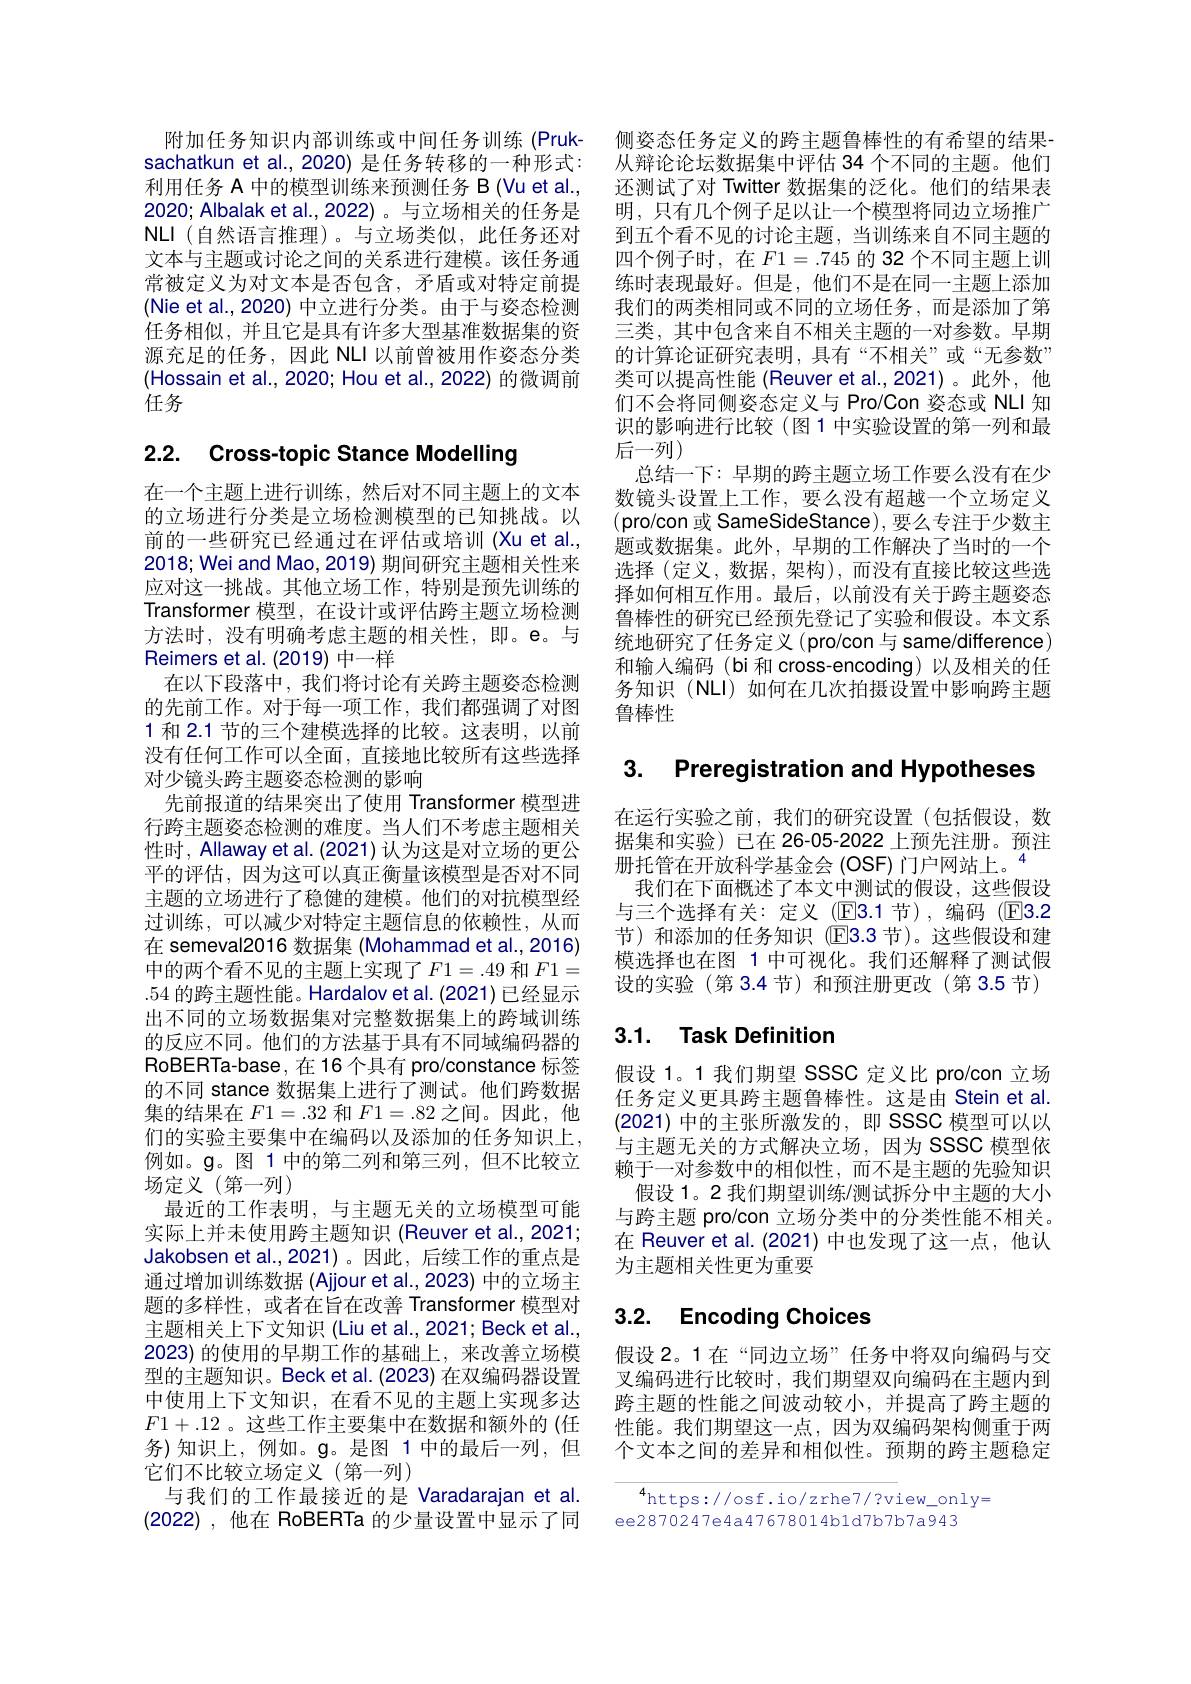
附加任务知识内部训练或中间任务训练 (Pruksachatkun et al.,2020) 是任务转移的一种形式： 利用任务 A 中的模型训练来预测任务 B (Vu et al., 2020; Albalak et al.,2022)。与立场相关的任务是NLI(自然语言推理)。与立场类似，此任务还对文本与主题或讨论之间的关系进行建模。该任务通常被定义为对文本是否包含，矛盾或对特定前提(Nie et al.,2020) 中立进行分类。由于与姿态检测任务相似，并且它是具有许多大型基准数据集的资源充足的任务，因此 NLI 以前曾被用作姿态分类(Hossain et al., 2020; Hou et al., 2022) 的微调前任务

# 2.2. Cross-topic Stance Modelling

在一个主题上进行训练，然后对不同主题上的文本的立场进行分类是立场检测模型的已知挑战。以前的一些研究已经通过在评估或培训 (Xu et al., 2018; Wei and Mao, 2019) 期间研究主题相关性来应对这一挑战。其他立场工作，特别是预先训练的Transformer 模型，在设计或评估跨主题立场检测方法时，没有明确考虑主题的相关性，即。e。与Reimers et al. (2019) 中一样
在以下段落中，我们将讨论有关跨主题姿态检测的先前工作。对于每一项工作，我们都强调了对图1 和 2.1 节的三个建模选择的比较。这表明，以前没有任何工作可以全面，直接地比较所有这些选择对少镜头跨主题姿态检测的影响
先前报道的结果突出了使用 Transformer 模型进行跨主题姿态检测的难度。当人们不考虑主题相关性时，Allaway et al. (2021) 认为这是对立场的更公平的评估，因为这可以真正衡量该模型是否对不同主题的立场进行了稳健的建模。他们的对抗模型经过训练，可以减少对特定主题信息的依赖性，从而在 semeval2016 数据集 (Mohammad et al.,2016) 中的两个看不见的主题上实现了$F1=.49$ 和 $F1=$ .54的跨主题性能。Hardalov et al.(2021) 已经显示出不同的立场数据集对完整数据集上的跨域训练的反应不同。他们的方法基于具有不同域编码器的RoBERTa-base,在16个具有 pro/constance 标签的不同 stance 数据集上进行了测试。他们跨数据集的结果在$F1=.32$和$F1=.82$之间。因此，他们的实验主要集中在编码以及添加的任务知识上， 例如。$\mathfrak{g}$。图 1 中的第二列和第三列，但不比较立场定义(第一列)
最近的工作表明，与主题无关的立场模型可能实际上并未使用跨主题知识 (Reuver et al., 2021; Jakobsen et al.,2021)。因此，后续工作的重点是通过增加训练数据 (Ajjour et al., 2023) 中的立场主题的多样性，或者在旨在改善 Transformer 模型对主题相关上下文知识 (Liu et al., 2021; Beck et al., 2023)的使用的早期工作的基础上，来改善立场模型的主题知识。Beck et al. (2023) 在双编码器设置中使用上下文知识，在看不见的主题上实现多达$F1+.12$ 。这些工作主要集中在数据和额外的(任务)知识上，例如。g。是图 1 中的最后一列，但它们不比较立场定义(第一列)
与我们的工作最接近的是 Varadarajan et al. (2022) ,他在 RoBERTa 的少量设置中显示了同

侧姿态任务定义的跨主题鲁棒性的有希望的结果从辩论论坛数据集中评估 34 个不同的主题。他们还测试了对 Twitter 数据集的泛化。他们的结果表明，只有几个例子足以让一个模型将同边立场推广到五个看不见的讨论主题，当训练来自不同主题的四个例子时，在$F1=.745$的 32 个不同主题上训练时表现最好。但是，他们不是在同一主题上添加我们的两类相同或不同的立场任务，而是添加了第三类，其中包含来自不相关主题的一对参数。早期的计算论证研究表明，具有“不相关”或“无参数” 类可以提高性能 (Reuver et al.,2021)。此外，他们不会将同侧姿态定义与 Pro/Con 姿态或 NLI 知识的影响进行比较(图1 中实验设置的第一列和最后一列)
总结一下：早期的跨主题立场工作要么没有在少数镜头设置上工作，要么没有超越一个立场定义(pro/con 或 SameSideStance), 要么专注于少数主题或数据集。此外，早期的工作解决了当时的一个选择 (定义，数据，架构),而没有直接比较这些选择如何相互作用。最后，以前没有关于跨主题姿态鲁棒性的研究已经预先登记了实验和假设。本文系统地研究了任务定义(pro/con 与 same/difference) 和输入编码(bi 和 cross-encoding)以及相关的任务知识(NLI)如何在几次拍摄设置中影响跨主题鲁棒性

## 3. Preregistration and Hypotheses

在运行实验之前，我们的研究设置(包括假设，数据集和实验) 已在 26-05-2022 上预先注册。预注册托管在开放科学基金会 (OSF)门户网站上。$^{4}$
我们在下面概述了本文中测试的假设，这些假设与三个选择有关：定义 (▣E3.1节),编码 (▣E3. 2节)和添加的任务知识(E3.3节)。这些假设和建模选择也在图 1 中可视化。我们还解释了测试假设的实验(第3.4节)和预注册更改(第3.5节)

# 3.1. Task Definition

假设 1。1 我们期望 SSSC 定义比 pro/con 立场任务定义更具跨主题鲁棒性。这是由 Stein et al (2021)中的主张所激发的，即 SSSC 模型可以以与主题无关的方式解决立场，因为 SSSC 模型依赖于一对参数中的相似性，而不是主题的先验知识
假设 1。2 我们期望训练/测试拆分中主题的大小与跨主题 pro/con 立场分类中的分类性能不相关。在 Reuver et al.(2021)中也发现了这一点，他认为主题相关性更为重要

# 3.2. Encoding Choices

假设 2。1 在“同边立场”任务中将双向编码与交叉编码进行比较时，我们期望双向编码在主题内到跨主题的性能之间波动较小，并提高了跨主题的性能。我们期望这一点，因为双编码架构侧重于两个文本之间的差异和相似性。预期的跨主题稳定

$^4$https://osf.io/zrhe7/?view\_only=
ee2870247e4a47678014b1d7b7b7a943